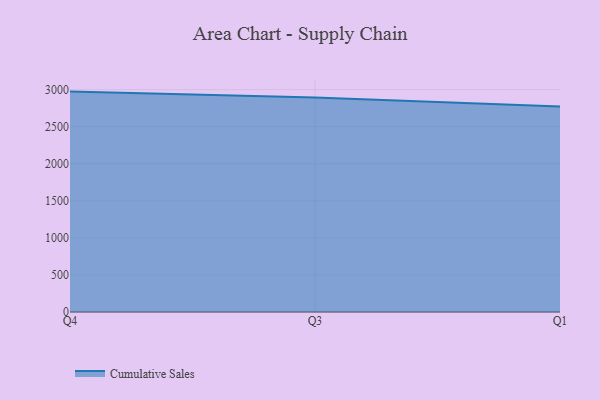
{"axis": {"x": "Quarter", "y": "Headcount"}, "legend": ["Cumulative Sales"], "data": [{"x": "Q4", "y": 2972.7, "type": "Cumulative Sales"}, {"x": "Q3", "y": 2894.4, "type": "Cumulative Sales"}, {"x": "Q1", "y": 2770.6, "type": "Cumulative Sales"}]}